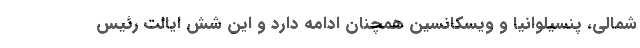
شمالی، پنسیلوانیا و ویسکانسین همچنان ادامه دارد و این شش ایالت رئیس